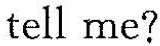
tell me?